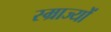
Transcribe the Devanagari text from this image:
स्म्राज्यों